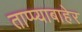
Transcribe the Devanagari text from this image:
ताप्प्याबाहेर